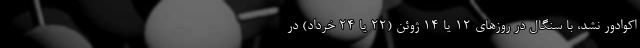
اکوادور نشد، با سنگال در روزهای ۱۲ یا ۱۴ ژوئن (۲۲ یا ۲۴ خرداد) در